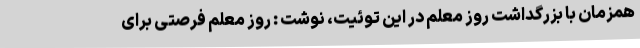
همزمان با بزرگداشت روز معلم در این توئیت، نوشت : روز معلم فرصتی برای